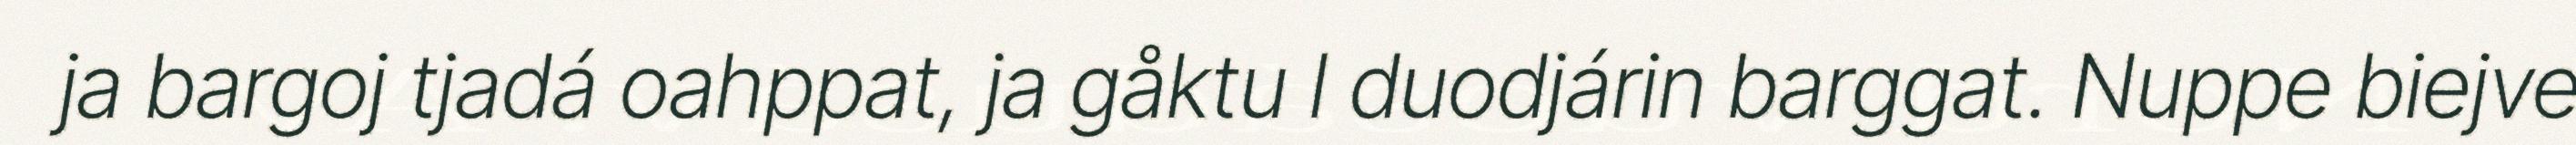
ja bargoj tjadá oahppat, ja gåktu l duodjárin barggat. Nuppe biejve